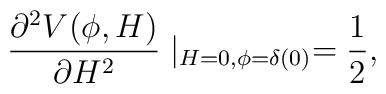
\frac{\partial^2 V(\phi,H)}{\partial H^2}\mid_{H=0,\phi=\delta(0)} = \frac{1}{2},